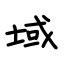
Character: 域